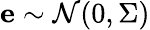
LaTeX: \mathbf{e}\sim\mathcal{N}(0,\Sigma)